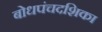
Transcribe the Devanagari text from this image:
बोधपंचदशिका